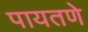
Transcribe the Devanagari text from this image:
पायतणे